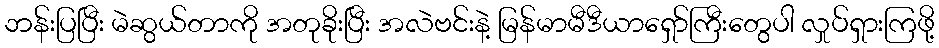
ဘန်းပြပြီး မဲဆွယ်တာကို အတုခိုးပြီး အလဲဗင်းနဲ့ မြန်မာမီဒီယာရှော်ကြီးတွေပါ လှုပ်ရှားကြဖို့